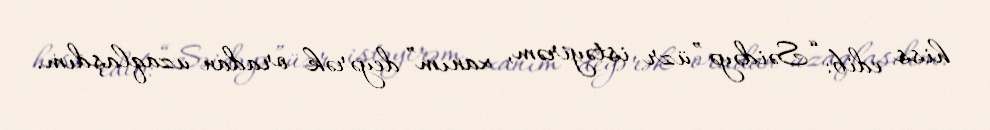
hiss edib: “Səidəyə ”üzr istəyirəm, xanım” deyərək oradan uzaqlaşdım.